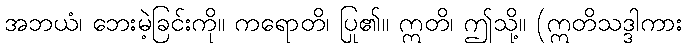
အဘယံ၊ ဘေးမဲ့ခြင်းကို။ ကရောတိ၊ ပြု၏။ ဣတိ၊ ဤသို့။ (ဣတိသဒ္ဒါကား